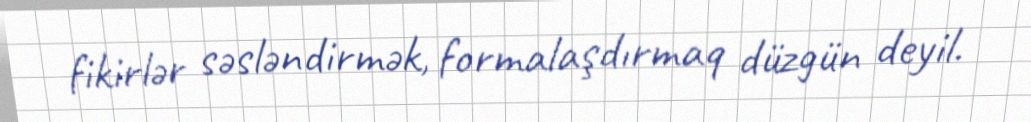
fikirlər səsləndirmək, formalaşdırmaq düzgün deyil.